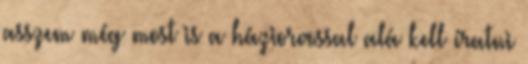
asszem még most is a háziorvossal alá kell íratni